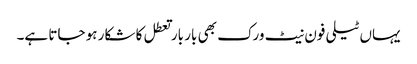
یہاں ٹیلی فون نیٹ ورک بھی بار بار تعطل کا شکار ہو جاتا ہے۔